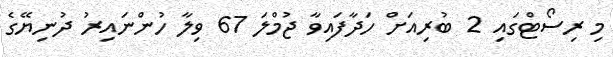
މި ރިސޯޓްގައި 2 ބުރިއަށް ހަދާފައިވާ ޖުމްލަ 67 ވިލާ ހުންނައިރު ދުނިޔޭގެ